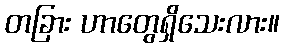
တခြား ဟာတွေရှိသေးလား။